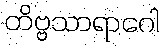
တိဗ္ဗသာရာဂေါ